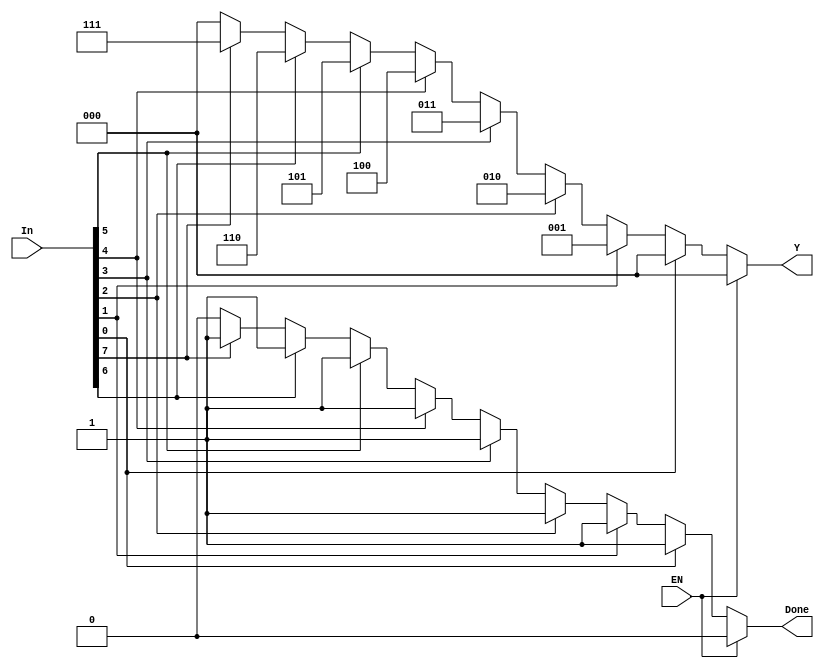
`timescale 1ns / 1ps
module No4(EN, In, Y, Done);
	input EN;
	input [7:0] In;
	output [2:0] Y;
	output Done;

	wire EN;
	wire [7:0] In;
	reg [2:0] Y;
	reg Done;

	always @ (EN or In)
	if (EN == 0)
	begin
		if (In[0])
		begin
			Y = 3'b000;
			Done = 1;
		end
		else if (In[1])
		begin
			Y = 3'b001;
			Done = 1;
		end else if (In[2])
		begin
			Y = 3'b010;
			Done = 1;
		end else if (In[3])
		begin
			Y = 3'b011;
			Done = 1;
		end else if (In[4])
		begin
			Y = 3'b100;
			Done = 1;
		end else if (In[5])
		begin
			Y = 3'b101;
			Done = 1;
		end else if (In[6])
		begin
			Y = 3'b110;
			Done = 1;
		end else if (In[7])
		begin
			Y = 3'b111;
			Done = 1;
		end else
		begin
			Y = 3'b000;
			Done = 0;
		end
	end else
	begin
		Y = 3'b000;
		Done = 0;
	end
endmodule